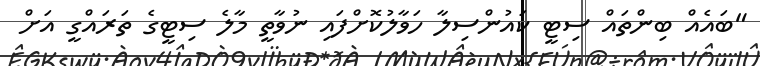
"ބައެއް ބިންތައް ސިޓީ ކައުންސިލާ ހަވާލުކޮށްފައި ނުވާތީ މާލެ ސިޓީގެ ތަރައްގީ އަށް